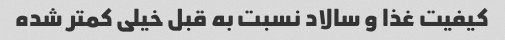
کیفیت غذا و سالاد نسبت به قبل خیلی کمتر شده